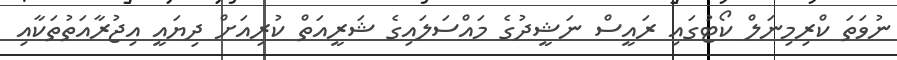
ނުވަތަ ކްރިމިނަލް ކޯޓުގައި ރައީސް ނަޝީދުގެ މައްސަލައިގެ ޝަރީއަތް ކުރިއަށް ދިޔައީ އިޖުރާއަތުތަކާއި